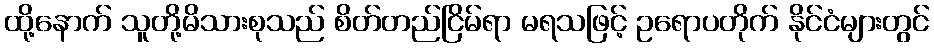
ထို့နောက် သူတို့မိသားစုသည် စိတ်တည်ငြိမ်ရာ မရသဖြင့် ဥရောပတိုက် နိုင်ငံများတွင်